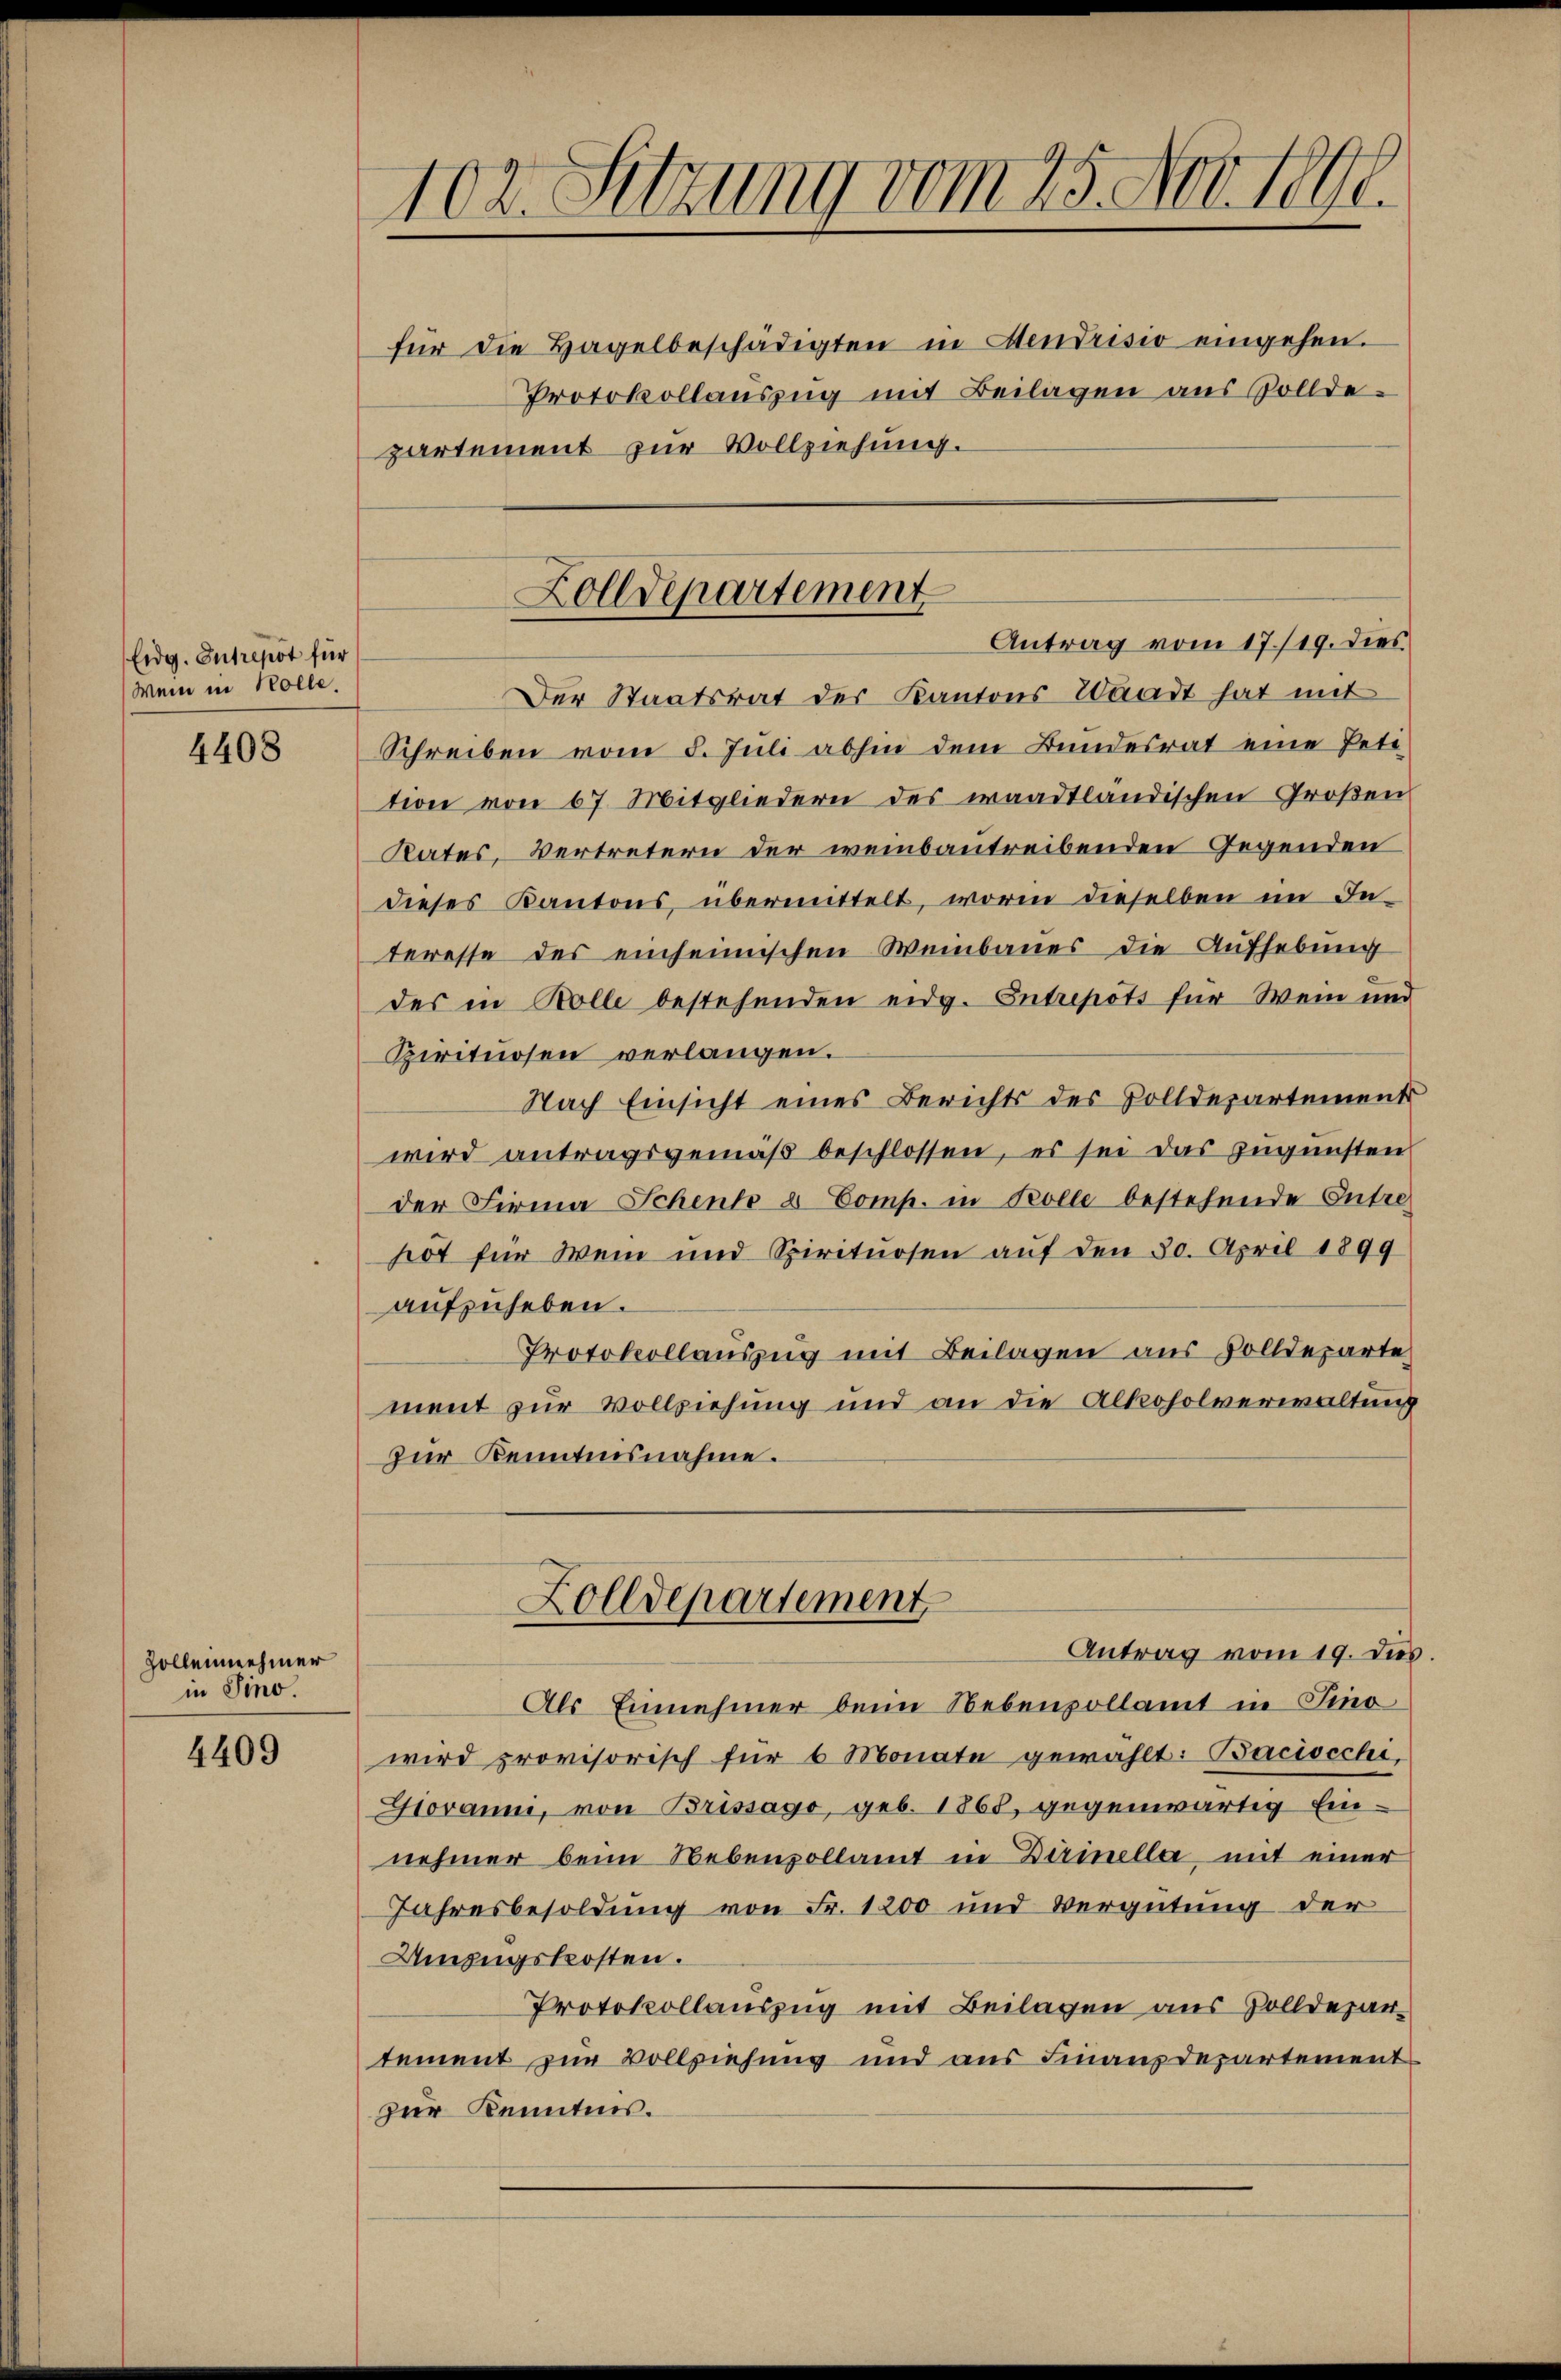
Eidg. Intrepot für
Wenn in Holle.

4408

Zollennehmer
in Sino.

4409

102. Sitzung vom 25. Nov. 1806.

für die Hagelbeschädigten in Mendrisio eingehen.
Protokollauszug mit Beilagen aus Volldepartement zur Vollziehung.

Der Staatsrat der Kantons Waadt hat mit
Schreiben vom 8. Juli abhin dem Bundesrat eine Petition von 67 Mitgliedern des waadtländischen Großen
Rates, Vertretern der weinbautreibenden Gegenden
dieses Kantons übermittelt, worin dieselben im In-
teresse des einheimischen Weinbaues die Aufhebung
des in Rolle bestehenden eidg. Entrepots für Wein und
Zirituosen verlangen.
Nach Einsicht eines Berichts des Zolldepartements
wird antragsgemäß beschlossen, es sei das zugunsten
der Firma Schente & Comp. in Kolle bestehende Entre-
hot für Wein und Spirituosen auf den 30. April 1899
aufzuheben.
Protokollauszug mit Beilagen aus Volldeparte
ment zur Vollziehung und an die Alkoholverwaltung
zur Kenntnisnahme.

Zolldepartement

Als Einnehmer beim Nebenvollamt in Fino
wird provisorisch für 6 Monate gewählt: Baciscchi,
Govanni, von Brissago, geb. 1868, gegenwärtig Ein-
nehmer beim Nebenzollamt in Dürinella, mit einer
Jahresbesoldung von Fr. 1200 und Vergütung der
Umzugskosten.
Protokollauszug mit Beilagen aus Zolldepar-
tement zur Vollziehung und aus Finanzdepartement
zur Kenntnis.

Antrag vom 17./19. dies

Zolldepartement
Antrag vom 19. ds.